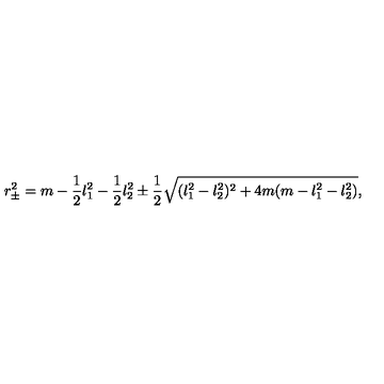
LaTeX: r _ { \pm } ^ { 2 } = m - { \frac { 1 } { 2 } } l _ { 1 } ^ { 2 } - { \frac { 1 } { 2 } } l _ { 2 } ^ { 2 } \pm { \frac { 1 } { 2 } } \sqrt { ( l _ { 1 } ^ { 2 } - l _ { 2 } ^ { 2 } ) ^ { 2 } + 4 m ( m - l _ { 1 } ^ { 2 } - l _ { 2 } ^ { 2 } ) } ,